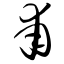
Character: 甫